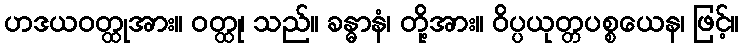
ဟဒယဝတ္ထုအား။ ဝတ္ထု၊ သည်။ ခန္ဓာနံ၊ တို့အား။ ဝိပ္ပယုတ္တပစ္စယေန၊ ဖြင့်။